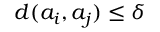
d ( a _ { i } , a _ { j } ) \leq \delta